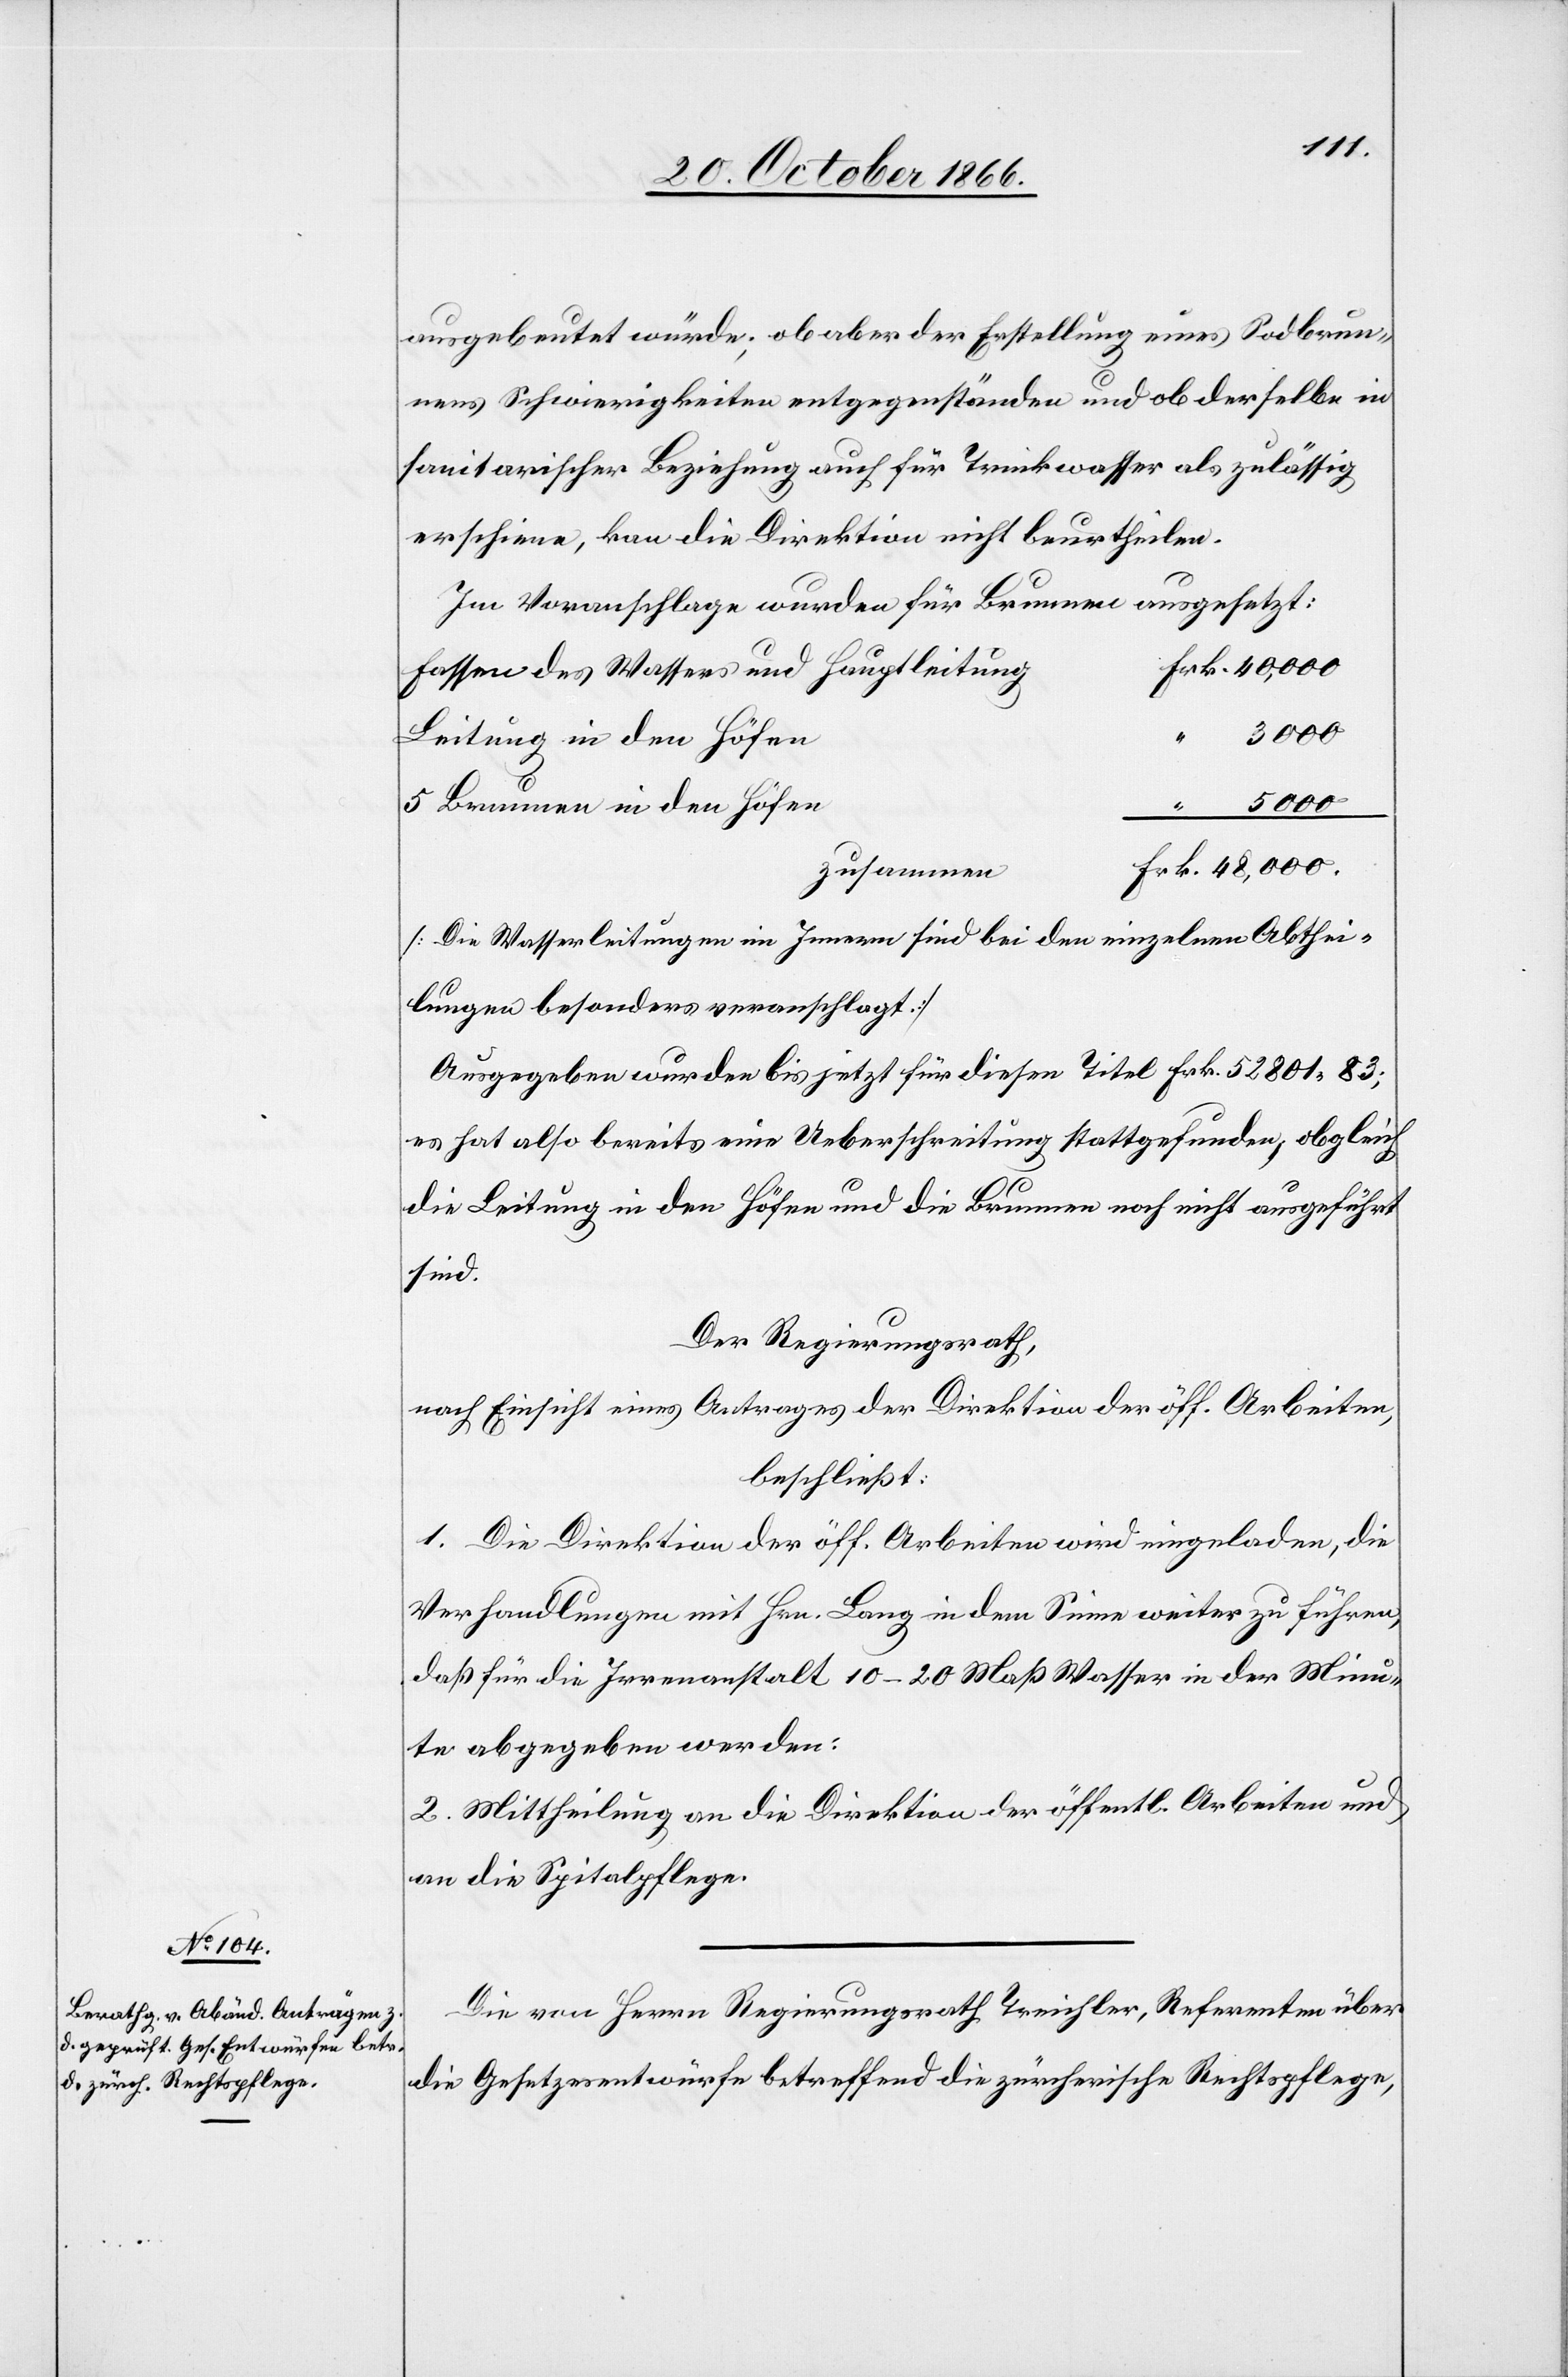
ausgebeutet würde; ob aber der Erstellung eines Sodbrun¬
nens Schwierigkeiten entgegenständen und ob derselbe in
sanitarischer Beziehung auch für Trinkwasser als zulässig
erschiene, kan[n] die Direktion nicht beurtheilen.
Im Voranschlage wurden für Brunnen ausgesetzt:
Fassen des Wassers und Hauptleitung
40 000
Leitung in den Höfen
5000
5 Brunnen in den Höfen
zusammen
[Die Wasserleitungen im Innern sind bei den einzelnen Abthei¬
lungen besonders veranschlagt.]
Ausgegeben wurden bis jetzt für diesen Titel Frk. 52 801.83;
es hat also bereits eine Ueberschreitung stattgefunden, obgleich
die Leitung in den Höfen und die Brunnen noch nicht ausgeführt
sind.
Der Regierungsrath,
nach Einsicht eines Antrages der Direktion der öff. Arbeiten,
beschließt:
1. Die Direktion der öff. Arbeiten wird eingeladen, die
Verhandlungen mit Hrn. Lang in dem Sinne weiter zu führen,
daß für die Irrenanstalt 10–20 Maß Wasser in der Minu¬
te abgegeben werden.
2. Mittheilung an die Direktion der öffentl. Arbeiten und
an die Spitalpflege.
Die von Herrn Regierungsrath Treichler, Referenten über
die Gesetzesentwürfe betreffend die zürcherische Rechtspflege,